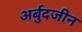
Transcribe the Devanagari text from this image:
अर्बुदजीन